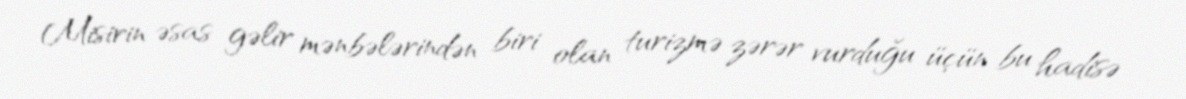
Misirin əsas gəlir mənbələrindən biri olan turizmə zərər vurduğu üçün bu hadisə